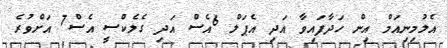
އެލުމިނިއަމް އިން ހަދާފައިވާ އަދި އެޕަލް 6އެސް އަދި ގެލެކްސީ އެސް7 އަށްވުރެ